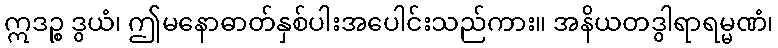
ဣဒဉ္စ ဒွယံ၊ ဤမနောဓာတ်နှစ်ပါးအပေါင်းသည်ကား။ အနိယတဒွါရာရမ္မဏံ၊